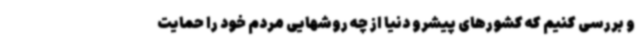
و بررسی کنیم که کشورهای پیشرو دنیا از چه روشهایی مردم خود را حمایت